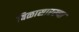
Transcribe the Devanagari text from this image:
बिळासारख्या